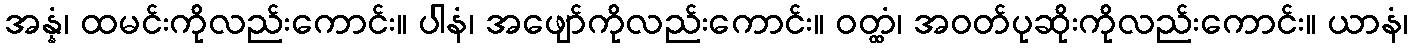
အန္နံ၊ ထမင်းကိုလည်းကောင်း။ ပါနံ၊ အဖျော်ကိုလည်းကောင်း။ ဝတ္ထံ၊ အဝတ်ပုဆိုးကိုလည်းကောင်း။ ယာနံ၊